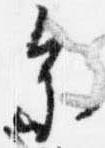
参